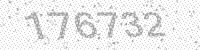
Solution: 176732